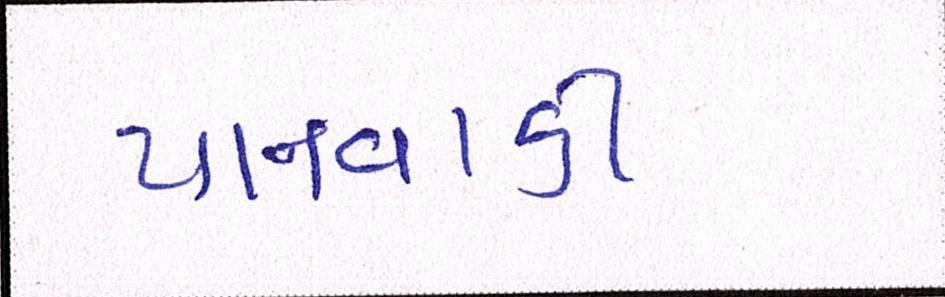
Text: પાનવાડી